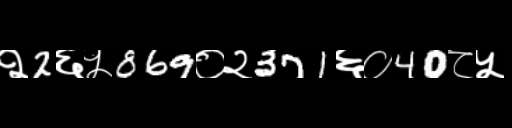
Text: २2६५869०२371६०40८५